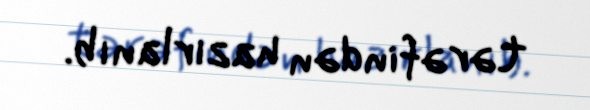
tərəfindən hazırlanıb.